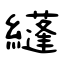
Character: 纄